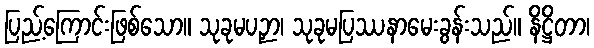
ပြည့်ကြောင်းဖြစ်သော။ သုခုမပဉှာ၊ သုခုမပြဿနာမေးခွန်းသည်။ နိဋ္ဌိတာ၊